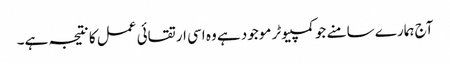
آج ہمارے سامنے جو کمپیوٹر موجود ہے وہ اسی ارتقائی عمل کا نتیجہ ہے۔